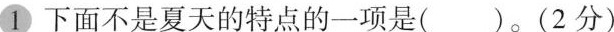
1下面不是夏天的特点的一项是( )。(2 分)